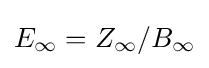
E_{\infty }=Z_{\infty }/B_{\infty }